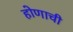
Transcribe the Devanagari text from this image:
होणाची